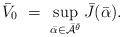
LaTeX: \begin{align*}\bar V_0 \ = \ \sup_{\bar\alpha\in\bar{\mathcal A}^{\bar\theta}} \bar J(\bar\alpha).\end{align*}